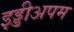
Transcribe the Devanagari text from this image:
इड्डीअपम